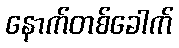
နောက်တစ်ခေါက်